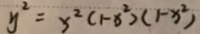
y ^ { 2 } = x ^ { 2 } ( 1 - x ^ { 2 } ) ( 1 - x ^ { 2 } )